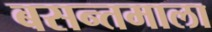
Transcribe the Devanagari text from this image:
बसन्तमाला